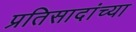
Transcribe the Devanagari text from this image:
प्रतिसादांच्या